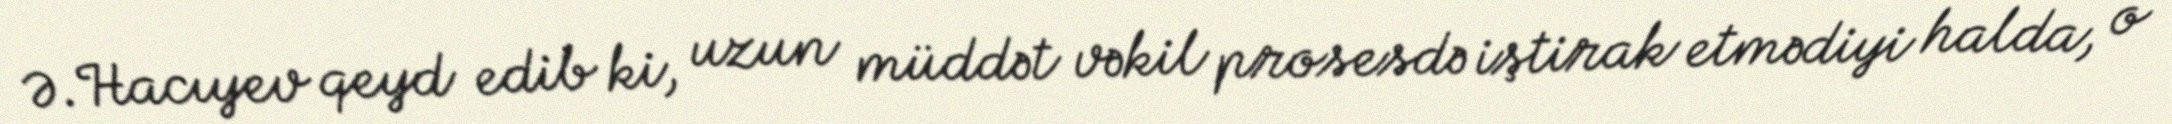
Ə.Hacıyev qeyd edib ki, uzun müddət vəkil prosesdə iştirak etmədiyi halda, o